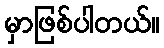
မှာဖြစ်ပါတယ်။